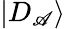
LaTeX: |D_{\mathscr{A}}\rangle